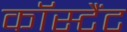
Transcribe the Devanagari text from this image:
कॉस्टैंट